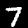
Label: 7